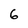
Character: 6